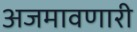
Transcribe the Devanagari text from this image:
अजमावणारी